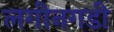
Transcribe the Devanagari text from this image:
लगीनगडी